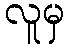
လူမှ